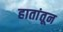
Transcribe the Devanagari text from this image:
हातांतून